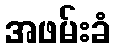
အဖမ်းခံ